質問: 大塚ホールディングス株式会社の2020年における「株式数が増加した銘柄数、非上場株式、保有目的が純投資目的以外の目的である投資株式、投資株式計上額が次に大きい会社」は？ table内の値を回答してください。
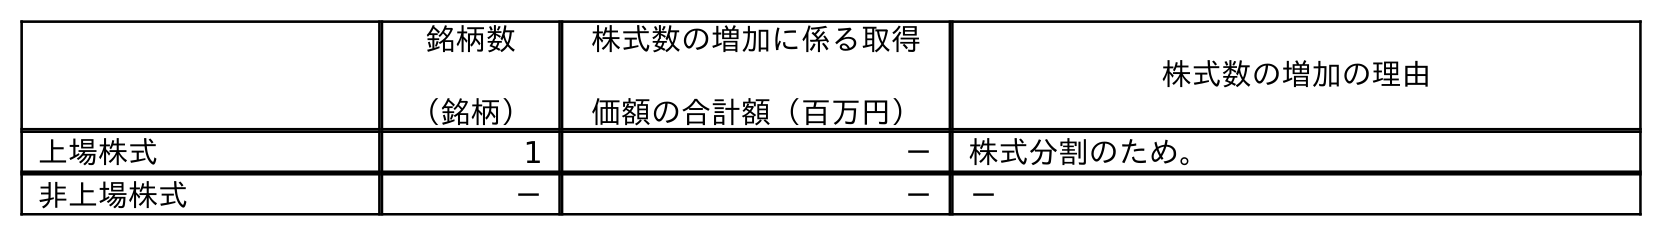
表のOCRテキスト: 銘柄数 （銘柄） 株式数の増加に係る取得 価額の合計額（百万円） 株式数の増加の理由 上場株式 1 － 株式分割のため。 非上場株式 － － －
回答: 1